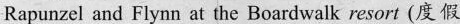
Rapunzel and Flynn at the Boardwalk resort (度假